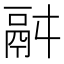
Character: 𩰫